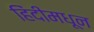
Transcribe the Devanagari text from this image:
हिंदीमधून